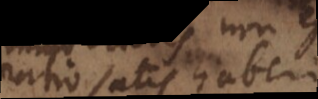
ratio satis haberi